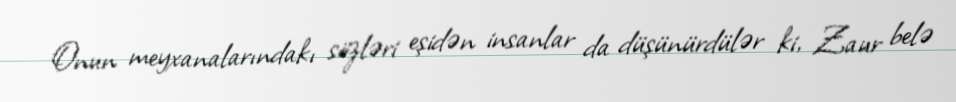
Onun meyxanalarındakı sözləri eşidən insanlar da düşünürdülər ki, Zaur belə